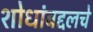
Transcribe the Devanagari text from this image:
शोधांबद्दलचे